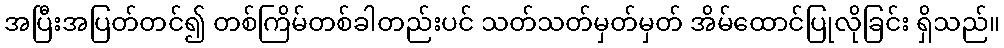
အပြီးအပြတ်တင်၍ တစ်ကြိမ်တစ်ခါတည်းပင် သတ်သတ်မှတ်မှတ် အိမ်ထောင်ပြုလိုခြင်း ရှိသည်။